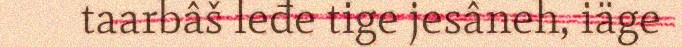
taarbâš leđe tige jesâneh, iäge